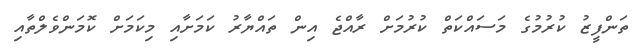
ތަންފީޒު ކުރުމުގެ މަސައްކަތް ކުރުމަށް ރާއްޖެ އިން ތައްޔާރު ކަމަށާއި މިކަމަށް ކޮމަންވެލްތާއި